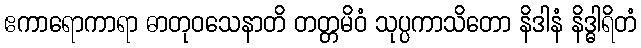
ဧကာရောကာရာ ဓာတုဝသေနာတိ တတ္တမိဝံ သုပ္ပကာသိတော နိဒါနံ နိဒ္ဓါရိတံ